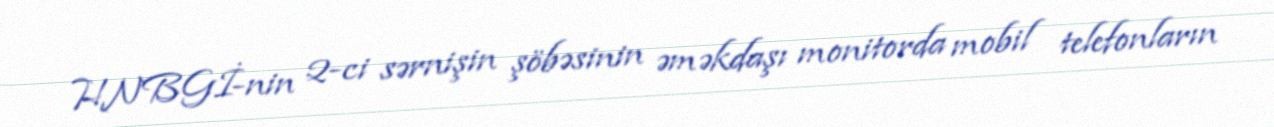
HNBGİ-nin 2-ci sərnişin şöbəsinin əməkdaşı monitorda mobil telefonların